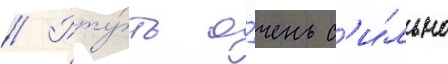
// Рту́ть о́чень с'и́льно